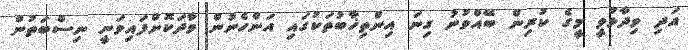
އަދި ވިދާޅުވީ މީގެ ކުރިން ބޭއްވުނު ގިނަ އިންތިޚާބުތަކުގައި އަންހެނުން ވާދަކޮށްފައިވަނީ ނިސްބަތުން